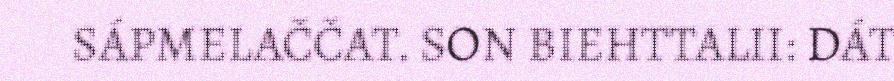
SÁPMELAČČAT. SON BIEHTTALII: DÁT